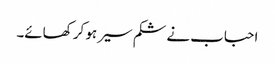
احباب نے شکم سیر ہو کر کھائے۔